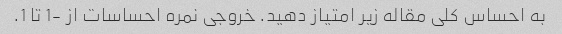
به احساس کلی مقاله زیر امتیاز دهید. خروجی نمره احساسات از -1 تا 1.